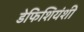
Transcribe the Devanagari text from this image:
डेफिशियंशी